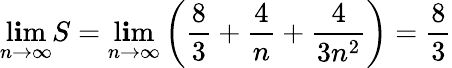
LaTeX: \operatorname*{l\mathbf{i}m}_{n\to\infty}S=\operatorname*{l\mathbf{i}m}_{n\to\infty}\left({\frac{{8}}{{3}}}+{\frac{{4}}{{n}}}+{\frac{{4}}{{3n^{2}}}}\right)={\frac{{8}}{{3}}}